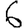
Digit: 6